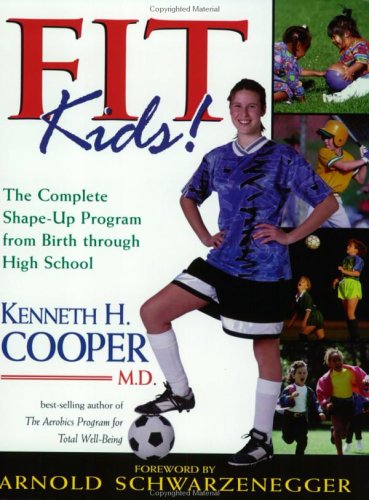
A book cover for Fit Kids: The Complete Shape-Up Program from Birth Through High School; Kenneth H. Cooper; Health, Fitness & Dieting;